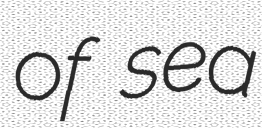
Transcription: of sea